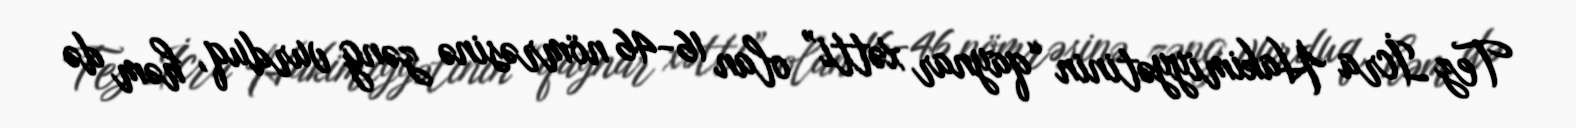
Tez İcra Hakimiyyətinin “qaynar xətti” olan 16-46 nömrəsinə zəng vurduq, həm də